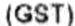
(GST)